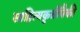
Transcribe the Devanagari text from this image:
साहित्यकृतींपैकी